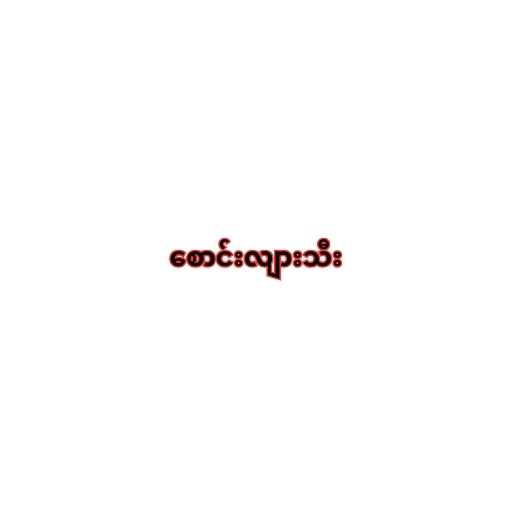
စောင်းလျားသီး